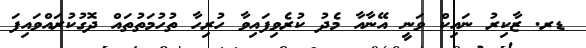
ޑރ. ޒާކިރު ނައިކް ވަނީ އޭނާއާ މެދު ކުރެވިފައިވާ ހުރިހާ ތުހުމަތުތައް ދޮގުކުރައްވައިފަ